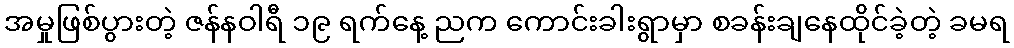
အမှုဖြစ်ပွားတဲ့ ဇန်နဝါရီ ၁၉ ရက်နေ့ ညက ကောင်းခါးရွာမှာ စခန်းချနေထိုင်ခဲ့တဲ့ ခမရ